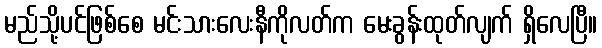
မည်သို့ပင်ဖြစ်စေ မင်းသားလေးနီကိုလတ်က မေးခွန်းထုတ်လျက် ရှိလေပြီ။